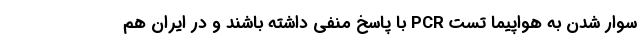
سوار شدن به هواپیما تست PCR با پاسخ منفی داشته باشند و در ایران هم